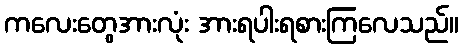
ကလေးတွေအားလုံး အားရပါးရစားကြလေသည်။